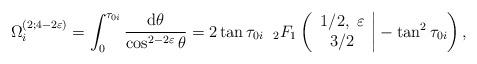
LaTeX: \begin{align*}\Omega_i^{(2; 4-2\varepsilon)} =\int_0^{\tau_{0i}}\frac{\mbox{d}\theta}{\cos^{2-2\varepsilon}\theta}= 2 \tan\tau_{0i} \;\;_2F_1\left( \left.\begin{array}{c} 1/2, \; \varepsilon \\ 3/2 \end{array}\right| -\tan^2\tau_{0i} \right) ,\end{align*}